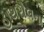
હાથરોલના